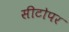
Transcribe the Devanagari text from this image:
सीटोपर